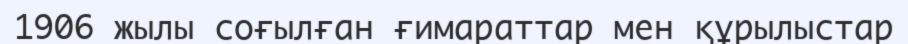
1906 жылы соғылған ғимараттар мен құрылыстар